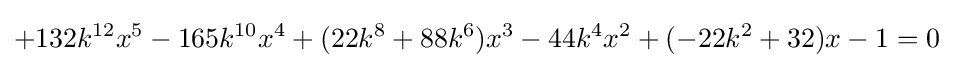
+132k^{12}x^{5}-165k^{10}x^{4}+(22k^{8}+88k^{6})x^{3}-44k^{4}x^{2}+(-22k^{2}+32)x-1=0